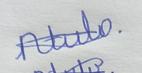
Signature authenticity: genuine